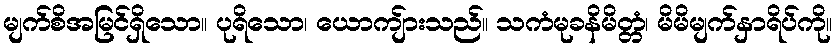
မျက်စိအမြင်ရှိသော။ ပုရိသော၊ ယောကျ်ားသည်။ သကံမုခနိမိတ္တံ၊ မိမိမျက်နှာရိပ်ကို။